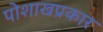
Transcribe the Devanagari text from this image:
पोशाखप्रकार